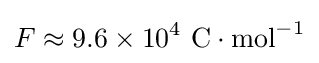
F\approx 9.6\times 10^{4}\ \mathrm {C} \cdot \mathrm {mol} ^{-1}